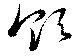
領